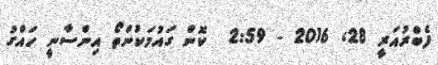
ފެބްރުއަރީ 28